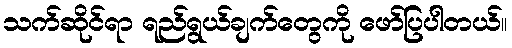
သက်ဆိုင်ရာ ရည်ရွယ်ချက်တွေကို ဖော်ပြပါတယ်။